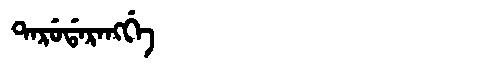
Manchu: ᡨᠠᡵᡠᡩᠠᡵᠠᠩᡤᡝ
Romanization: TARUDARANGGE